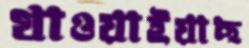
খাওয়াইয়াছ